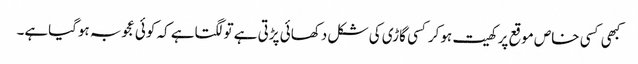
کبھی کسی خاص موقع پر کھیت ہوکرکسی گاڑی کی شکل دکھائی پڑتی ہے تولگتاہے کہ کوئی عجوبہ ہوگیاہے۔